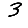
Digit: 3